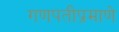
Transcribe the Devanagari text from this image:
गणपतीप्रमाणे